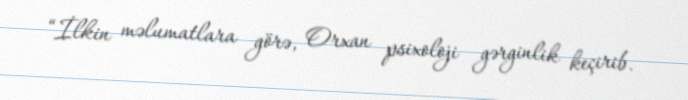
“İlkin məlumatlara görə, Orxan psixoloji gərginlik keçirib.